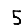
Digit: 5